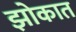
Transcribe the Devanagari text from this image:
झोकात